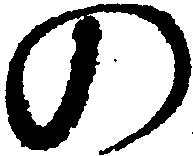
の